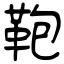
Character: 鞄